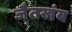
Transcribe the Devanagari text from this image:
जैतखंब